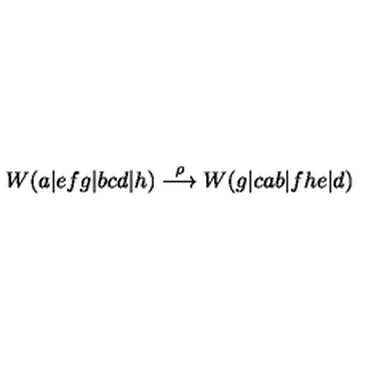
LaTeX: W ( a | e f g | b c d | h ) \stackrel { \rho } { \longrightarrow } W ( g | c a b | f h e | d )